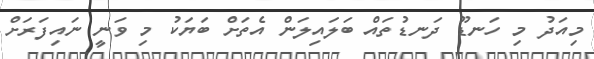
މިއަދު މި ހަނޑޫ ދަނޑުތައް ބަލައިލަން އެތަށް ބަޔަކު މި ވަނީ ނައިފަރަށް